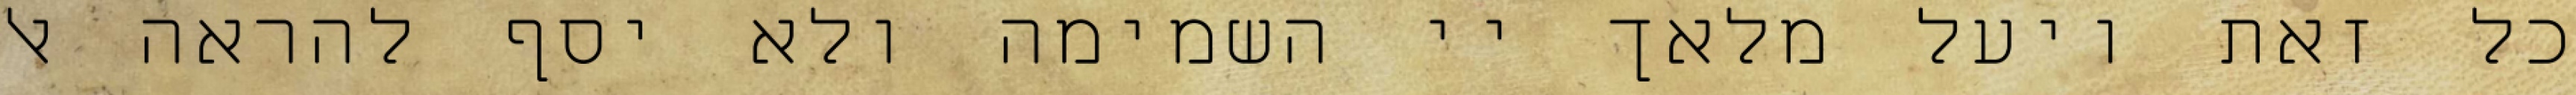
כל זאת ויעל מלאך יי השמימה ולא יסף להראה אל